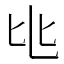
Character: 𬼚